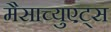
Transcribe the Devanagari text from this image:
मैसाच्युएट्स